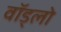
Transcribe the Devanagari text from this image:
वॉड्लो